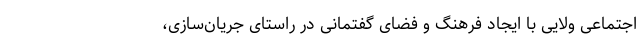
اجتماعی ولایی با ایجاد فرهنگ­ و فضای گفتمانی در راستای جریان­سازی،